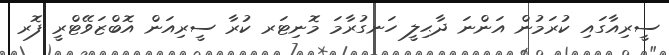
ސީރިއާގައި ކުރަމުން އަންނަ ދާޙިލީ ހަނގުރާމަ މޮނިޓަރ ކުރާ ސީރިއަން އޮބްޒަވޭޓްރީ ފޮރ